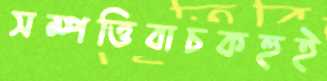
সম্পত্তিবাচকহুই